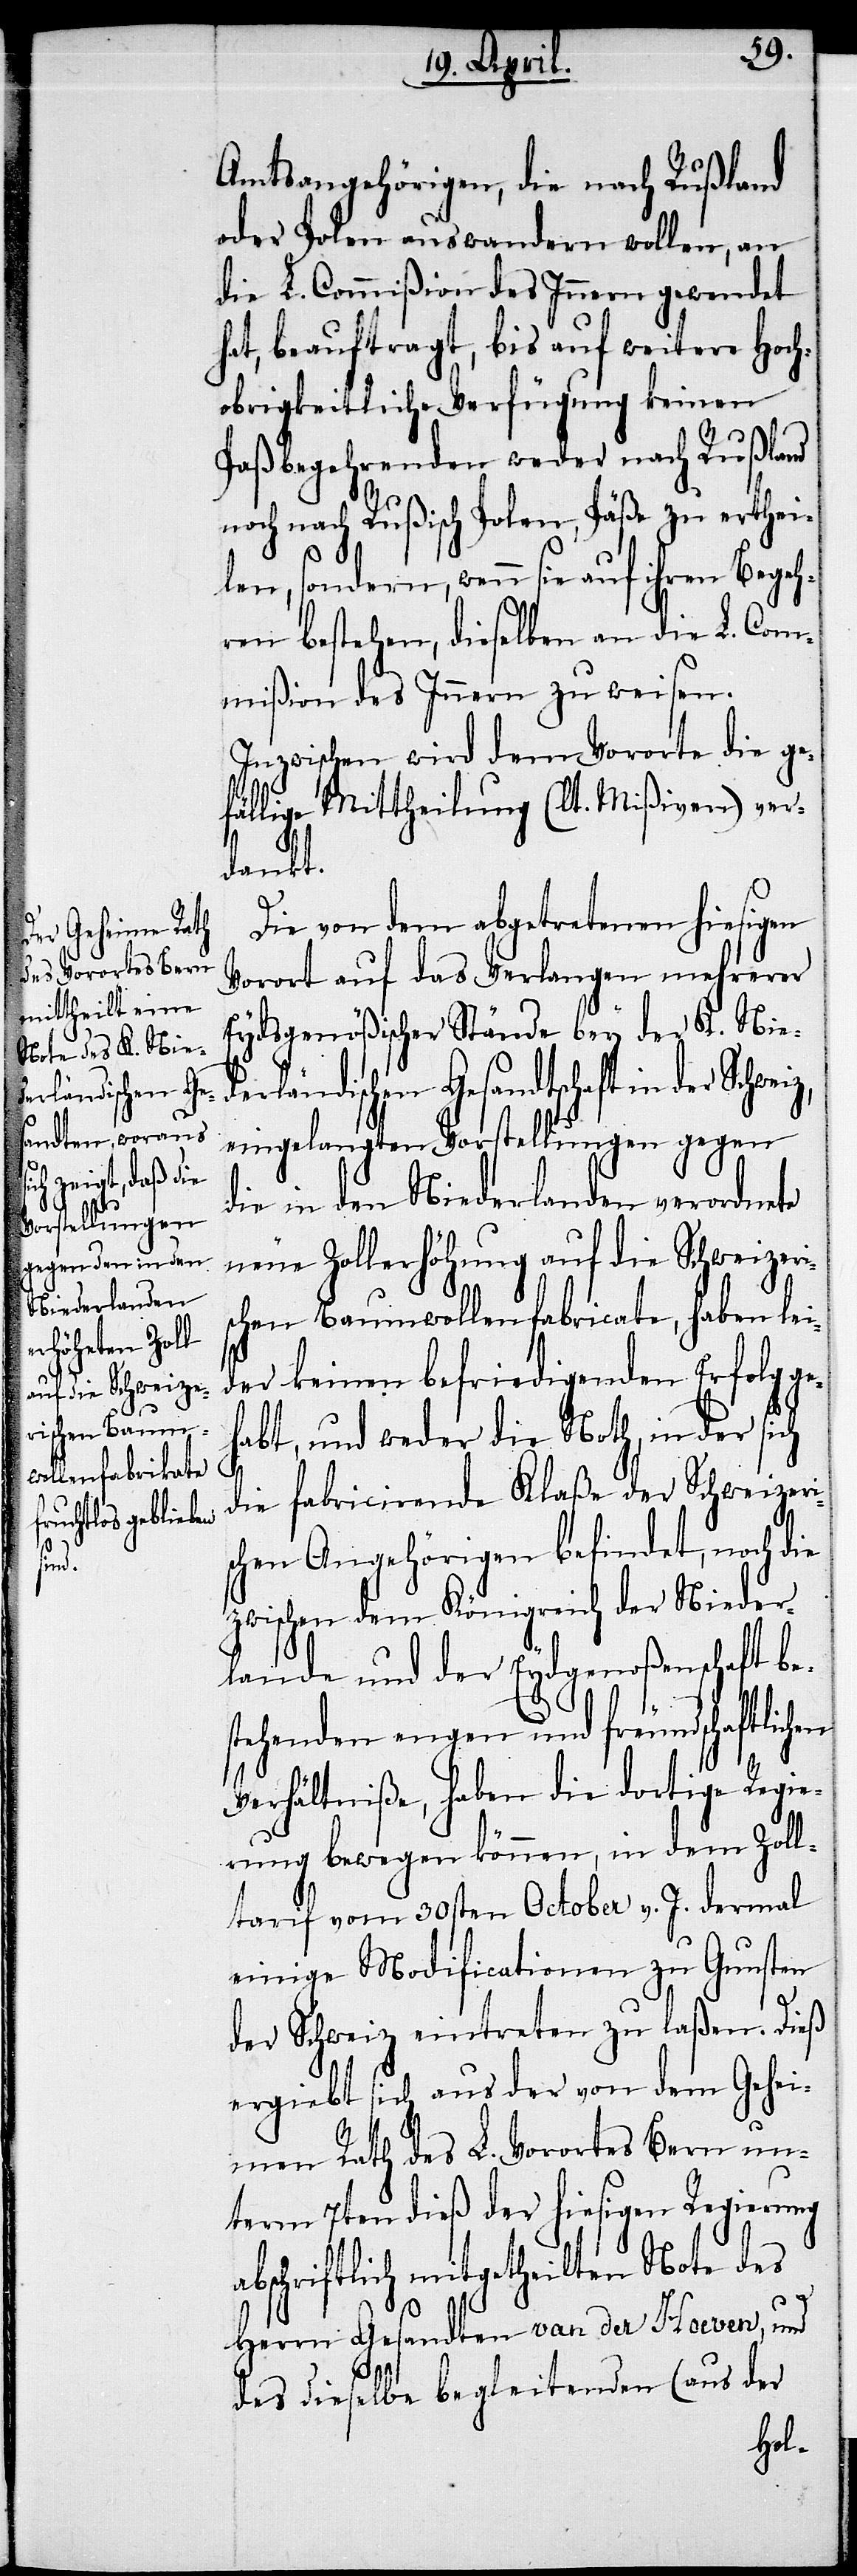
Amtsangehörigen, die nach Rußland
oder Polen auswandern wollen, an
die L. Commißion des Innern gewendet
hat, beauftragt, bis auf weitere Hoch¬
obrigkeitliche Verfügung keinen
Paßbegehrenden weder nach Rußland
noch nach Rußisch Polen, Päße zu erthei¬
len, sondern, wenn sie auf ihren Bege¬
hren bestehen, dieselben an die L. Com¬
mißion des Innern zu weisen.
Inzwischen wird dem Vororte die ge¬
fällige Mittheilung (lt. Mißiven) ver¬
dankt.
Die von dem abgetretenen hiesigen
Vorort auf das Verlangen mehrerer
Eydsgenößischer Stände bey der K. Nied¬
erländischen Gesandtschaft in der Schweiz,
eingelangten Vorstellungen gegen
die in den Niederlanden verordnete
neue Zollerhöhung auf die Schweizeri¬
schen Baumwollenfabricate, haben lei¬
der keinen befriedigenden Erfolg ge¬
habt, und weder die Noth, in der sich
die fabricirende Klaße der Schweizeri¬
schen Angehörigen befindet, noch die
zwischen dem Königreich der Nieder¬
lande und der Eydgenoßenschaft be¬
stehenden engen und freundschaftlichen
Verhältniße, haben die dortige Regie¬
rung bewegen können, in dem Zoll¬
tarif vom 30sten October v. J. dermal
einige Modificationen zu Gunsten
der Schweiz eintreten zu laßen. Dieß
ergiebt sich aus der von dem Gehei¬
men Rath des L. Vorortes Bern un¬
term 7ten dieß der hiesigen Regierung
abschriftlich mitgetheilten Note des
Herrn Gesandten van der Hoeven, und
des dieselbe begleitenden (aus der